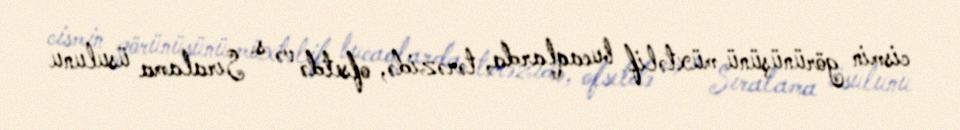
cismin görünüşünü müxtəlif bucaqlarda, tərəzidə, ofsetdə və s. Sıralama üsulunu